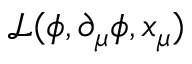
\mathcal { L } ( \phi , \partial _ { \mu } \phi , x _ { \mu } )